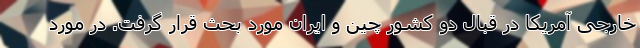
خارجی آمریکا در قبال دو کشور چین و ایران مورد بحث قرار گرفت. در مورد